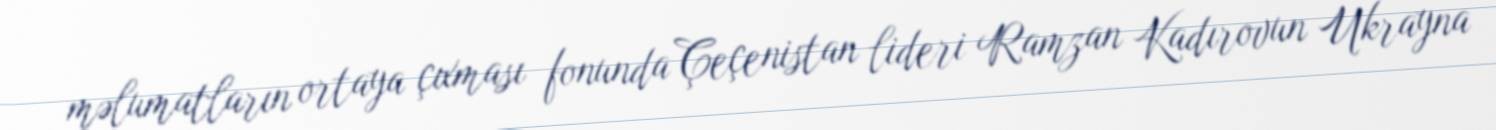
məlumatların ortaya çıxması fonunda Çeçenistan lideri Ramzan Kadırovun Ukrayna